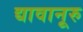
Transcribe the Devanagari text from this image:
द्यावानूरु